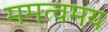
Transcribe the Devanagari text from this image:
ममत्वमय